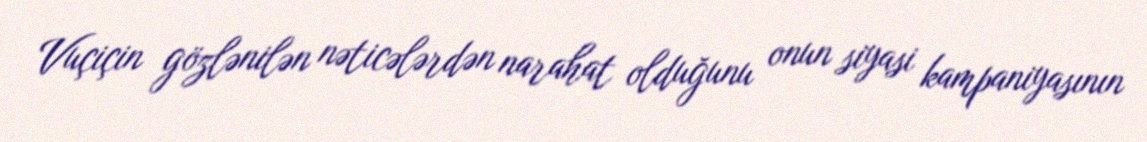
Vuçiçin gözlənilən nəticələrdən narahat olduğunu onun siyasi kampaniyasının